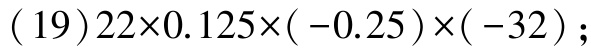
$(19)22\times0.125\times(-0.25)\times(-32);$